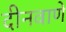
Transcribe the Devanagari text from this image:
दीनवाणे